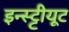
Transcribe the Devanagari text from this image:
इन्स्ट्टीयूट